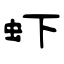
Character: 虾